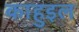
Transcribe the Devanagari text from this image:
काहुइल